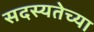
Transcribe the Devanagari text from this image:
सदस्यतेच्या